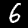
Label: 6